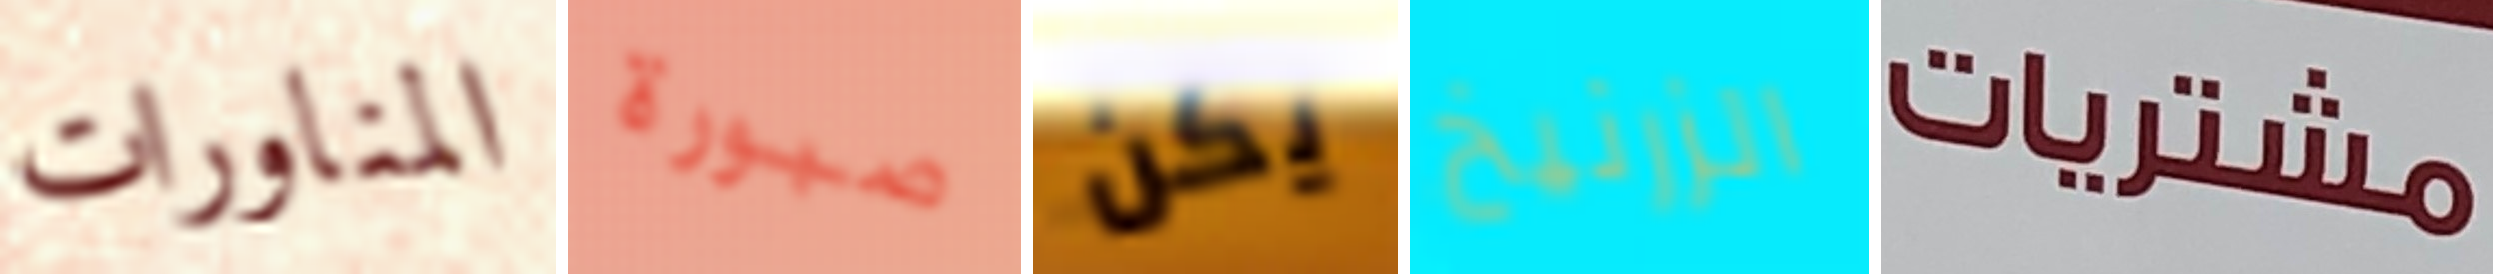
المناورات صبورة يكن الزرنيخ مشتريات